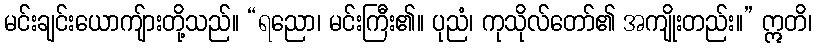
မင်းချင်းယောကျ်ားတို့သည်။ “ရညော၊ မင်းကြီး၏။ ပုညံ၊ ကုသိုလ်တော်၏ အကျိုးတည်း။” ဣတိ၊